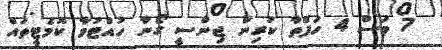
7 މަސް 4 ހަފްތާ ކުރިން ޖިންސީ ގޯނާ ހުއްޓުވާ ކޮމެޓީތައް